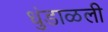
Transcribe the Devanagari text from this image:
धुंडाळली